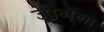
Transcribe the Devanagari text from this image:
जागेगा